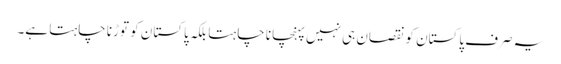
یہ صرف پاکستان کو نقصان ہی نہیں پہنچانا چاہتا بلکہ پاکستان کو توڑنا چاہتا ہے۔